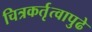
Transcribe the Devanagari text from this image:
चित्रकर्तृत्वापुढे